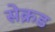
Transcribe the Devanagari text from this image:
सेक्रड